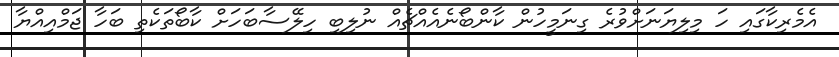
އެމެރިކާގައި ހަ މިލިޔަނަށްވުރެ ގިނަމީހުން ކާންބޯނެއެއްޗެއް ނުލިބި ހިލޭސާބަހަށް ކާބޯތަކެތި ބަހާ ޖަމްއިއްޔާ